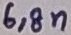
Text: 6,8n